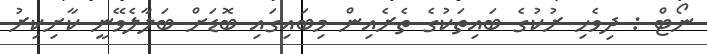
ނޯޓް : ދިވެހި ރުކުގެ ބައިތަކުގެ ތެރެއިން މިބައިގައި ބޮޑަށް ބަލާލެވޭނީ ކާށިކިރު